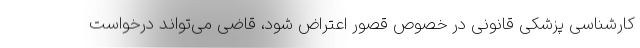
کارشناسی پزشکی قانونی در خصوص قصور اعتراض شود، قاضی می‌تواند درخواست